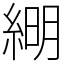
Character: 𦁠